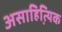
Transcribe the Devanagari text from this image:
असाहित्यि़क